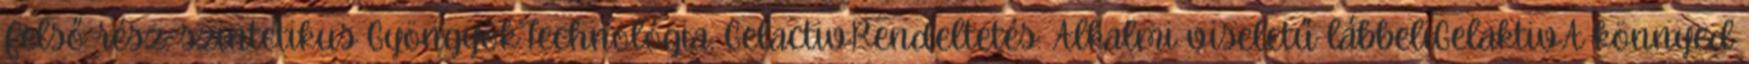
Felső rész: szintetikus GyöngyökTechnológia: GelactivRendeltetés: Alkalmi viseletű lábbeliGelaktivA könnyed